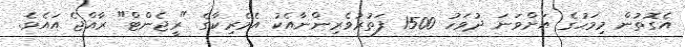
އެގޮތުން މިމަހުގެ އަށްވަނަ ދުވަހު 1500 ފަތުރުވެރިންނާއެކު އެމެރިކާގެ "ރީޖެންޓް" ރާއްޖެ އައެވެ.